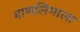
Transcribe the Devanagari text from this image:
बाणलिंगाला